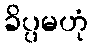
ခိပ္ပမဟုံ